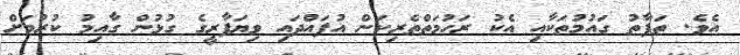
އެވެ. ތަފާތު ގައުމުތަކާއި އެކު ރަހުމަތްތެރިކަން އުފައްދައި ވިޔަފާރީގެ ގުޅުން ގާއިމު ކުރުމަށް